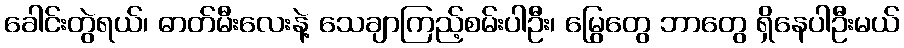
ခေါင်းတွဲရယ်၊ ဓာတ်မီးလေးနဲ့ သေချာကြည့်စမ်းပါဦး၊ မြွေတွေ ဘာတွေ ရှိနေပါဦးမယ်